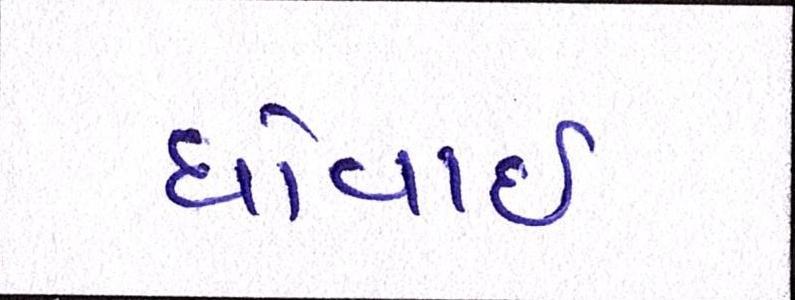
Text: ધોવાઇ